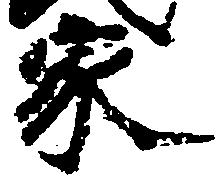
家